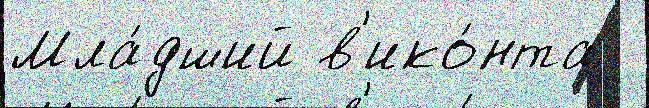
Мла́дший в'ико́нта